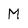
Character: M